Source: Handwritten
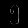
Digit: ၅ (5)